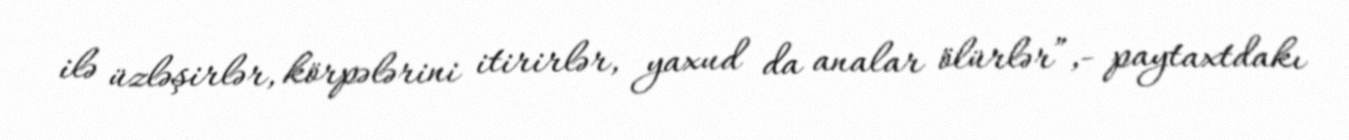
ilə üzləşirlər, körpələrini itirirlər, yaxud da analar ölürlər”,- paytaxtdakı